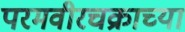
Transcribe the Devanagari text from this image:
परमवीरचक्राच्या